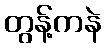
တွန့်ကနဲ